Vaccination in Bombay 1889-1901 - 1889-1901
Year: 1889
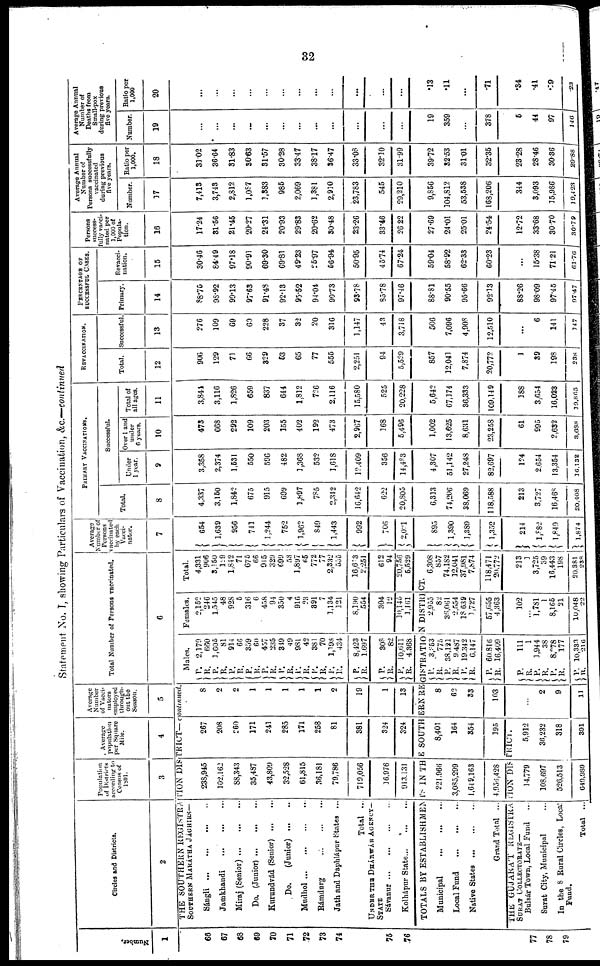
32
Statement No. I, showing Particulars of Vaccination, &c.—continued
Number.
1
66
67
68
69
70
71
72
73
74
75
76
77
78
79
Circles and Districts.
2
Population
of Districts
according to
Census of
1891.
3
Average
population
per Square
Mile.
4
Average
Number
of Vacci-
nators
employed
through-
out the
Season.
5
THE SOUTHERN REGISTRATION DISTRICT— continued.
SOUTHERN MARÁTHA JÁGHIRS—
Sángli
...
...
...
...
Jamkhandi ... ... ... ...
Miraj (Senior)
...
...
...
Do. (Junior)
...
...
...
Kurundvád (Senior) ... ...
Do.
(Junior)
...
..
Mudhol
...
...
...
...
Rámdurg
...
...
...
Jath and Daphlápur States ...
Total ...
UNDER THE DHÁRWÁR AGENCY—
STATE
Sávanur
...
...
...
...
Kolhápur State
...
...
...
238,945
102,162
88,343
35,487
43,809
32,528
61,815
36,181
79,786
719,056
16,976
913,131
267
208
260
171
241
285
171
258
81
381
324
324
8
2
2
1
1
1
1
1
2
19
1
13
Total Number of Persons vaccinated.
6
Males.
P.
R. P.
R.
P.
R.
P. R.
P.
R.
P.
R.
P. R.
P.
R.
P.
R.
P.
R.
P.
R.
P .
R.
2,179
660
3,605
81
914
66
359
60
457
235
349
49
981
42
381
70
1,198
434
8,423
1,697
308
82
10,611
4,368
Females.
2,152
246
1,545
48
928
5
316
6
458
94
350
4
916
23
391
7
1,134
121
8,190
554
304
12
10,146
1,161
Total.
4,331
906
3,150
129
1,842
71
675
66
915
329
699
53
1,897
65
772
77
2,332
555
16,603
2,251
612
94
20,756
5,529
TOTALS BY ESTABLISHMENTS IN THE SOUTHERN REGISTRATION DISTRICT.
Municipal
...
...
...
Local Fund
...
...
...
Native States
...
...
...
Grand Total ...
221,966
3,085,299
1,649,163
4,956,428
8,401
164
354
195
THE GUJARAT REGISTRATION DISTRICT.
SURAT COLLECTORATE—
Bulsár Town, Local Fund ...
Surat City, Municipal ...
In the 8 Rural Circles, Local
Fund.
Total
...
14,779
108,697
526,513
649,989
5,912
36,232
318
391
8
62
33
103
...
2
9
11
P.
R.
P.
R.
P.
R.
P.
R.
P. R.
P. R.
P.
R.
P.
R.
3,253
775
38,121
9,487
19,342
6,147
60.816
16,409
111
1
1,944
38
8,278
177
10,333
216
2,955
82
36,061
2,554
18,639
1,727
57,655
4,363
102
... 1,781
1
8,165
21
10,048
22
6,308
857
74,182
12,041
37,981
7874
118,471
20,772
213
1
3,725
39
16,443
198
20,381
238
Average
Number of
Persons
vaccinated
by each
Vacci-
nator.
7
654
1,639
956
741
1,244
752
1,962
849
1,443
992
706
2,021
895
1,390
1,389
1,352
214
1,882
1,849
1,874
PRIMARY VACCINATIONS.
Total.
8
4,337
3,150
1,842
675
915
699
1,897
785
2,342
16,642
622
20,805
6,313
74,206
38,069
118,588
213
3,727
16,468
20,408
Successful.
Under
1 year.
9
3,358
2,374
1,531
550
596
482
1,368
532
1,618
12,409
356
14,483
4,307
51,142
27,248
82,697
124
2,654
13,354
16,132
Over 1 and
under
6 years.
10
473
668
292
109
203
155
402
192
473
2,967
168
5,496
1,002
13,625
8,631
23,258
61
995
2,632
8,688
Total of
all ages.
11
3,844
3,116
1,826
659
837
644
1,812
726
2,116
15,580
525
20,228
5,642
67,174
36,333
109,149
188
3,654
16,023
19,865
REVACCINATION.
Total.
12
906
129
71
66
329
53
65
77
555
2,251
94
5,529
857
12,041
7,874
20,772
1
39
198
238
Successful.
13
276
109
69
60
228
37
32
20
316
1,147
43
3,718
566
7,096
4,908
12,510
...
6
141
147
PERCENTAGE OF
SUCCESSFUL CASES.
Primary.
14
88.75
98.92
99.13
97.63
91.48
92.13
95.52
94.04
99.73
93.78
85.78
97.46
88.81
90.55
95.66
92.13
88.26
98.09
97.45
97.47
Revacci-
nation.
15
30.46
84.49
97.18
90.91
69.30
69.81
49.23
25.97
56.94
50.95
45.74
67.24.
59.04
58.92
62.33
60.23
...
15.38
71.21
61.76
Persons
success-
fully vacci-
nated per
1,000 of
Popula-
tion.
16
17.24
31.56
21.45
20.27
24.31
20.93
29.83
20.62
30.48
23.26
33.46
26.22
27.69
24.01
25.01
24.54
12.72
33.68
30.70
30.79
Average Annual
Number of
Persons successfully
vaccinated
during previous
five years.
Number.
17
7,413
3,743
2,812
1,087
1,383
985
2,069
1,381
2,910
23,783
545
29,210
9,856
104,812
53,538
168,206
344
3,093
15,986
19,423
Ratio per
1,000.
18
31.02
36.64
31.83
30.63
31.57
30.28
33.47
38.17
36.47
33.08
32.10
31.99
39.72
32.53
31.01
32.35
23.28
28.46
30.36
29.88
Average Annual
Number of
Deaths from
Small-pox
during previous
five years.
Number.
19
...
...
...
...
...
...
...
...
...
...
...
...
19
359
...
378
5
44
97
146
Ratio per
1,000
20
...
...
...
...
...
...
...
...
...
...
...
...
.13
.11
...
.71
.34
.41
.09
.23